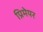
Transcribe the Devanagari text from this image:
प्रिमेयर